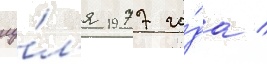
иу́л'я 1977 го́да /